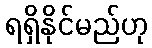
ရရှိနိုင်မည်ဟု